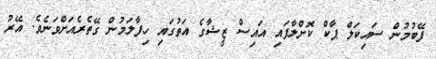
ފޭބުމުން ސައިކަލް ޕާކް ކޮށްލާފައި އައިސް ޒީޝާގެ އަތުގައި ހިފާލަމުން ގޭތެރެއަށްވަނެވެ. އޭރު